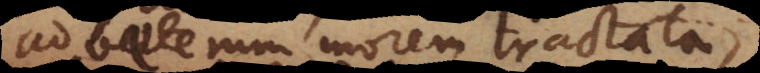
ad veterum morem tractata,